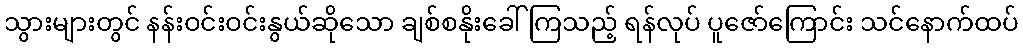
သွားများတွင် နန်းဝင်းဝင်းနွယ်ဆိုသော ချစ်စနိုးခေါ်ကြသည့် ရန်လုပ် ပူဇော်ကြောင်း သင်နောက်ထပ်